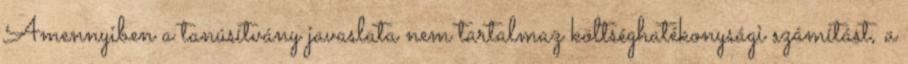
Amennyiben a tanúsítvány javaslata nem tartalmaz költséghatékonysági számítást, a